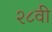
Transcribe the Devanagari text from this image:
२८वी